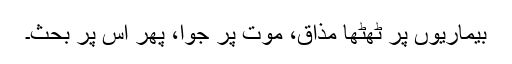
بیماریوں پر ٹھٹھا مذاق، موت پر جوا، پھر اس پر بحث۔